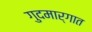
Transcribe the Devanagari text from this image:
गुदमार्गात